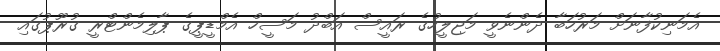
އެމަނިކުފާނަށް މަރުހަބާ ދެންނެވީ މަޖިލީހުގެ ރައީސް އަބްދު މަސީހް އެމްޑީޕީގެ ޕާލިމެންޓްރީ ގުރޫޕުގައި